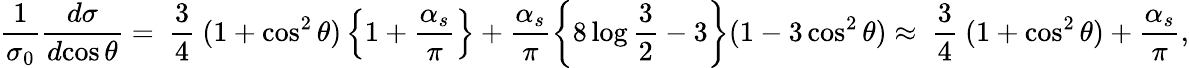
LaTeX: \frac 1{\sigma_{0}}\frac{d\sigma}{d\! \cos\theta}=\mathrm{~\frac 34~}(1+\cos^{2}\theta)\left\{ 1+\frac{\alpha_{s}}{\pi}\right\} +\frac{\alpha_{s}}{\pi}\left\{ 8\log\frac 32-3\right\} (1-3\cos^{2}\theta)\approx\mathrm{~\frac 34~}(1+\cos^{2}\theta)+\frac{\alpha_{s}}{\pi},